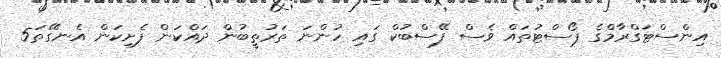
އިންސްޓަގްރާމްގެ ޕޯސްޓުތައް ވެސް ފޭސްބުކް ގައި ހުންނަ ތަރުތީބުން ދައްކަން ފެށިކަން އެނގޭތަ5